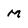
Character: M